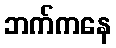
ဘက်ကနေ